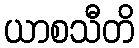
ယာစသီတိ